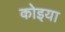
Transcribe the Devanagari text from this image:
कोइया